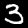
Label: 3